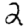
Digit: 2